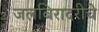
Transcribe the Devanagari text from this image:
जलबिरादरीचे